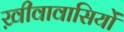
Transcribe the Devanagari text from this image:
ख़ीवावासियों